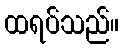
ထရပ်သည်။